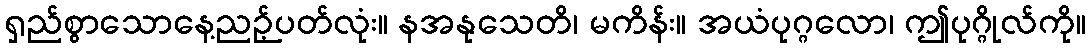
ရှည်စွာသောနေ့ညဉ့်ပတ်လုံး။ နအနုသေတိ၊ မကိန်း။ အယံပုဂ္ဂလော၊ ဤပုဂ္ဂိုလ်ကို။